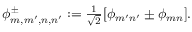
\begin{array} { r } { \phi _ { m , m ^ { \prime } , n , n ^ { \prime } } ^ { \pm } : = \frac { 1 } { \sqrt { 2 } } [ \phi _ { m ^ { \prime } n ^ { \prime } } \pm \phi _ { m n } ] . } \end{array}